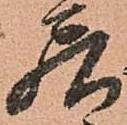
居